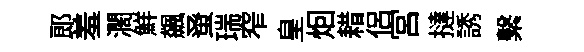
郎羞濶鮮飆𫊫瑞窄皇𤇆耤侣宫撻誘繫